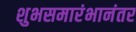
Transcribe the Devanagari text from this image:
शुभसमारंभानंतर